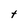
Character: t